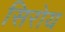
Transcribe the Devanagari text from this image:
सिरोय